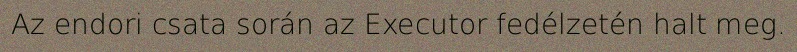
Az endori csata során az Executor fedélzetén halt meg.